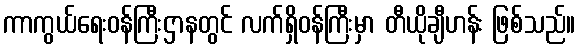
ကာကွယ်ရေးဝန်ကြီးဌာနတွင် လက်ရှိဝန်ကြီးမှာ တီယိုချီဟန်း ဖြစ်သည်။